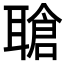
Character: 𬚤